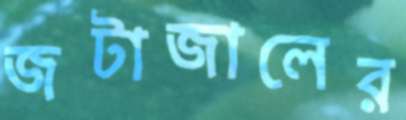
জটাজালের